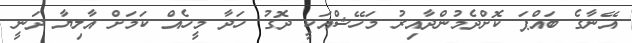
އޭނާގެ ބައްޕަ ކޮށްދެމުންދާއިރު މަހޭޝްއަކީ ދޮގު ހަދާ މީހެއް ކަމަށް އާލިޔާ ދަނީ